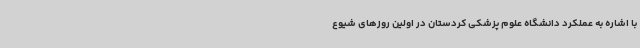
با اشاره به عملکرد دانشگاه علوم پزشکی کردستان در اولین روزهای شیوع